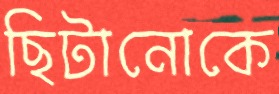
ছিটানোকে